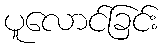
ပူလောင်ခြင်း